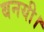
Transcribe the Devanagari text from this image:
बनयी।